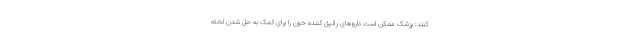
کنند: پزشک ممکن است داروهای رقیق کننده خون را برای کمک به حل شدن لخته